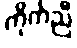
ကိုက်ညီ